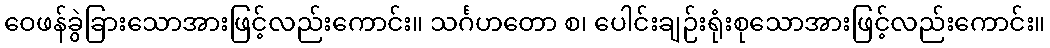
ဝေဖန်ခွဲခြားသောအားဖြင့်လည်းကောင်း။ သင်္ဂဟတော စ၊ ပေါင်းချဉ်းရုံးစုသောအားဖြင့်လည်းကောင်း။